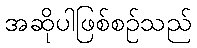
အဆိုပါဖြစ်စဉ်သည်